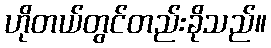
ဟိုတယ်တွင်တည်းခိုသည်။